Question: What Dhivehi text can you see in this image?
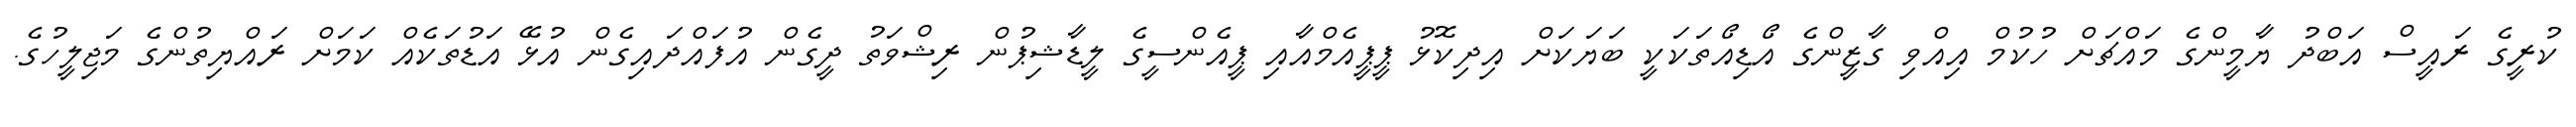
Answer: ކުރީގެ ރައީސް އަބްދު ޔާމީންގެ މައްޗަށް ހުކުމް އިއްވި ގާޒީންގެ އޯޑިއޯތަކަކީ ބަޔަކަށް އިދިކޮޅު ޕީޕީއެމްއާއި ޕީއެންސީގެ ލީޑާޝިޕުން ރިޝްވަތު ދީގެން އުފައްދައިގެން އުޅޭ އަޑުތަކެއް ކަމަށް ރައްޔިތުންގެ މަޖިލީހުގެ.